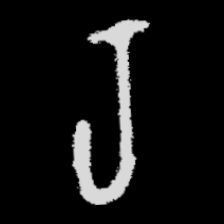
Pyu character \u2014 Myanmar letter: ရ (romanized: ra)